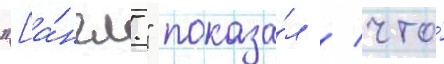
"[а́нгл." показа́л / что́